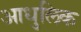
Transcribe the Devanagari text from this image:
आधुलिक